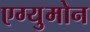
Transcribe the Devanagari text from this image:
एग्युमोन